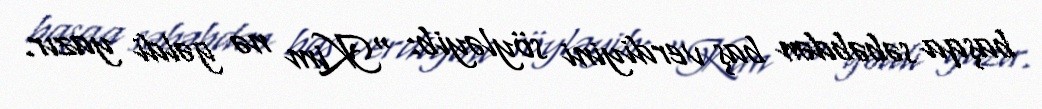
başqa səbəbdən baş verdiyini söyləyib: "Kim nə gəldi yazır.